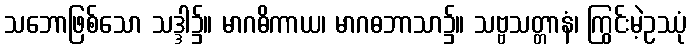
သဘောဖြစ်သော သဒ္ဒါ၌။ မာဂဓိကာယ၊ မာဂဓဘာသာ၌။ သဗ္ဗသတ္တာနံ၊ ကြွင်းမဲ့ဥဿုံ